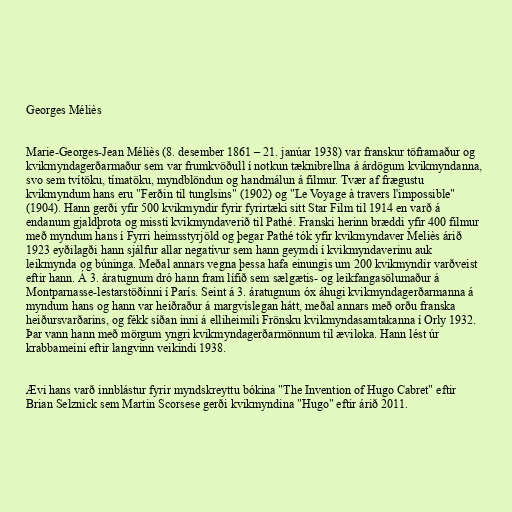
Georges Méliès

Marie-Georges-Jean Méliès (8. desember 1861 – 21. janúar 1938) var franskur töframaður og
kvikmyndagerðarmaður sem var frumkvöðull í notkun tæknibrellna á árdögum kvikmyndanna,
svo sem tvítöku, tímatöku, myndblöndun og handmálun á filmur. Tvær af frægustu
kvikmyndum hans eru "Ferðin til tunglsins" (1902) og "Le Voyage à travers l'impossible"
(1904). Hann gerði yfir 500 kvikmyndir fyrir fyrirtæki sitt Star Film til 1914 en varð á
endanum gjaldþrota og missti kvikmyndaverið til Pathé. Franski herinn bræddi yfir 400 filmur
með myndum hans í Fyrri heimsstyrjöld og þegar Pathé tók yfir kvikmyndaver Meliès árið
1923 eyðilagði hann sjálfur allar negatívur sem hann geymdi í kvikmyndaverinu auk
leikmynda og búninga. Meðal annars vegna þessa hafa einungis um 200 kvikmyndir varðveist
eftir hann. Á 3. áratugnum dró hann fram lífið sem sælgætis- og leikfangasölumaður á
Montparnasse-lestarstöðinni í París. Seint á 3. áratugnum óx áhugi kvikmyndagerðarmanna á
myndum hans og hann var heiðraður á margvíslegan hátt, meðal annars með orðu franska
heiðursvarðarins, og fékk síðan inni á elliheimili Frönsku kvikmyndasamtakanna í Orly 1932.
Þar vann hann með mörgum yngri kvikmyndagerðarmönnum til æviloka. Hann lést úr
krabbameini eftir langvinn veikindi 1938.

Ævi hans varð innblástur fyrir myndskreyttu bókina "The Invention of Hugo Cabret" eftir
Brian Selznick sem Martin Scorsese gerði kvikmyndina "Hugo" eftir árið 2011.